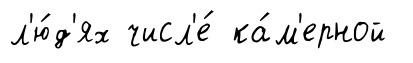
л'ю́д'ях числ'е́ ка́м'ерной